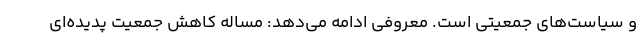
و سیاست‌های جمعیتی است. معروفی ادامه می‌دهد: مساله کاهش جمعیت پدیده‌ای